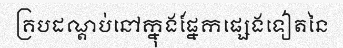
គ្របដណ្តប់នៅក្នុងផ្នែកផ្សេងទៀតនៃ